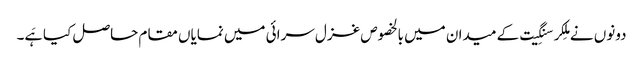
دونوں نے مِلکر سنگِیت کے میدان میں بالخصوص غزل سرائی میں نمایاں مقام حاصل کیا ہَے۔